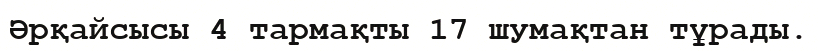
Әрқайсысы 4 тармақты 17 шумақтан тұрады.